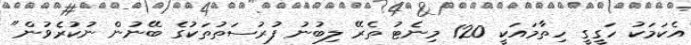
އެކަމަކު ހަގީގީ ހިތާމައަކީ 120 މިނެޓު ތެރޭ ލިބުނު ފުރުސަތުތަކުގެ ބޭނުން ނުކުރެވުން"